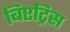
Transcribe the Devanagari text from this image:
बिएट्रिस